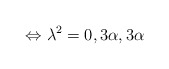
\begin{align*}\Leftrightarrow \lambda^2=0,3\alpha,3\alpha\end{align*}